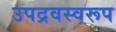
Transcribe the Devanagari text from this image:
उपद्रवस्वरूप